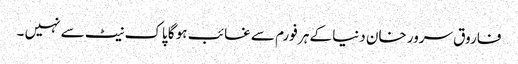
فاروق سرور خان دنیا کے ہر فورم سے غائب ہو گا پاک نیٹ سے نہیں ۔